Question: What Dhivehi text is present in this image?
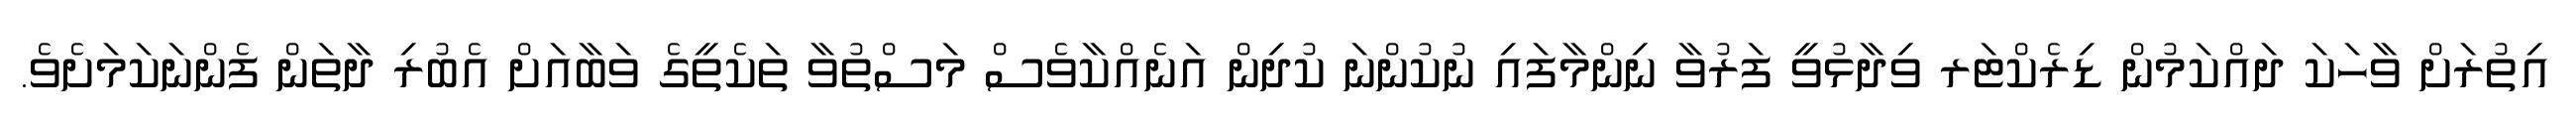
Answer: އިތުރަށް ވާހަކަ ދައްކަމުން ޑިރެކްޓަރ ވިދާޅުވީ ފަރުވާ ނިންމާފައި ނުކުންނަ ކުދިން އަނެއްކާވެސް މަސްތުވާ ތަކެތީގެ ވަބާއަށް އެބުރި ދާތަން ފެންނަކަމަށެވެ.